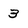
Character: 3